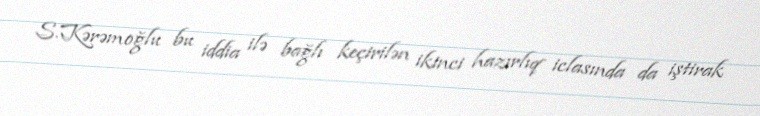
S.Kərəmoğlu bu iddia ilə bağlı keçirilən ikinci hazırlıq iclasında da iştirak